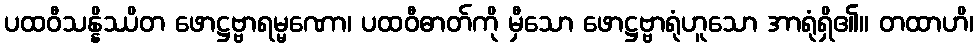
ပထဝီသန္နိဿိတ ဖောဋ္ဌဗ္ဗာရမ္မဏော၊ ပထဝီဓာတ်ကို မှီသော ဖောဋ္ဌဗ္ဗာရုံဟူသော အာရုံရှိ၏။ တထာဟိ၊